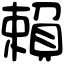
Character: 賴